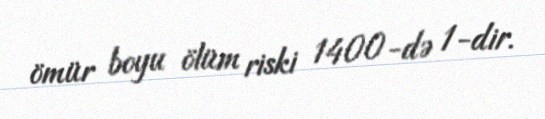
ömür boyu ölüm riski 1400-də 1-dir.